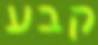
קבע